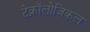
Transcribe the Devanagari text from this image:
टेक्नॉलोजिकल